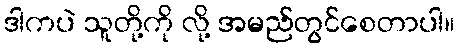
ဒါကပဲ သူတို့ကို လို့ အမည်တွင်စေတာပါ။